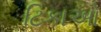
ટિકાઓ